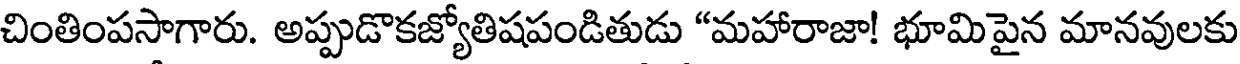
చింతింపసాగారు. అప్పుడొకజ్యోతిషపండితుడు "మహారాజా! భూమిపైన మానవులకు